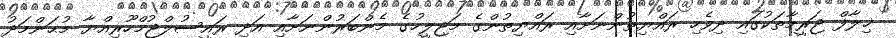
ޚިލާފް ޖަރީމާތަކުގައި ދިވެހި ރައްޔިތުންނަށާއި ރައްޔިތުންގެ މަޖިލީހުގެ މެންބަރުންނަށާއި އަދި ރައީސުލްޖުމްހޫރިއްޔާ މުޙަންމަދު